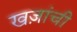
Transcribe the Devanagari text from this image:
खज़ांची